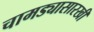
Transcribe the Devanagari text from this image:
चामड्यासारखी